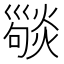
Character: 𢀆